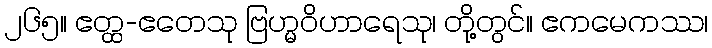
၂၆၅။ ဧတ္ထ-ဧတေသု ဗြဟ္မဝိဟာရေသု၊ တို့တွင်။ ဧကမေကဿ၊